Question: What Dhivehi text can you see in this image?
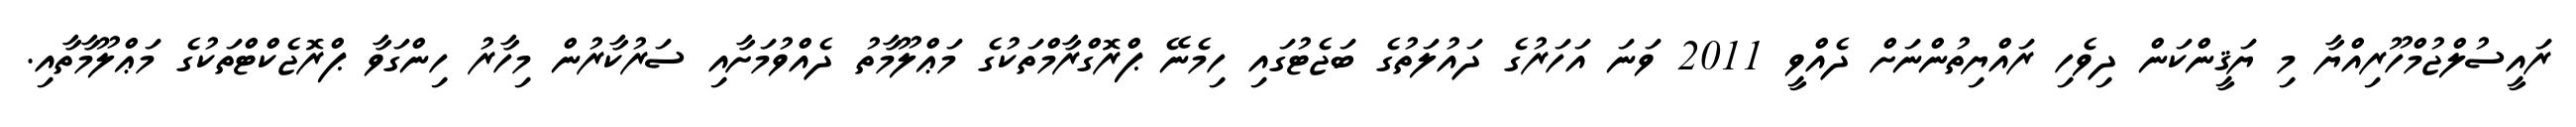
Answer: ރައީސުލްޖުމްހޫރިއްޔާ މި ޔަޤީންކަން ދިވެހި ރައްޔިތުންނަށް ދެއްވީ 2011 ވަނަ އަހަރުގެ ދައުލަތުގެ ބަޖެޓުގައި ހިމެނޭ ޕްރޮގްރާމްތަކުގެ މަޢްލޫމާތު ދެއްވުމަށާއި ސަރުކާރުން މިހާރު ހިންގަވާ ޕްރޮޖެކްޓްތަކުގެ މަޢްލޫމާތާއި.